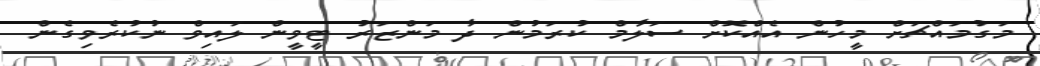
މަގުމައްޗަށް މީހުން އެއްކޮށް ސަލާމް ކުރަމުން ދާ މަންޒަރު ޓީވީން ލައިވް ނުކުރެވިގެން